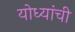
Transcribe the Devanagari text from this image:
योध्यांची